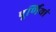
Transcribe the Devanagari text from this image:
पूर्णियां